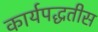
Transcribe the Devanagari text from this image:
कार्यपद्धतीस